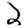
Digit: 2